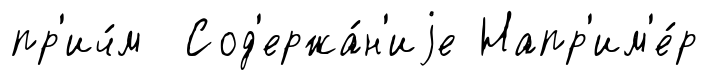
пр'ич́м Сод'ержа́н'иjе Напр'им'е́р